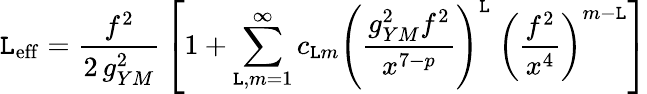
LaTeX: \mathtt{L}_{\mathrm{{eff}}}={\frac{{f^{2}}}{{2\, g_{YM}^{2}}}}\left[1+\sum_{\mathtt{L},m=1}^{\infty}c_{\mathtt{L}m}\left({\frac{{g_{YM}^{2}f^{2}}}{{x^{7-p}}}}\right)^{\mathtt{L}}~\left({\frac{{f^{2}}}{{x^{4}}}}\right)^{m-\mathtt{L}}\right]